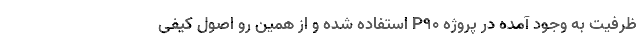
ظرفیت به وجود آمده در پروژه P90 استفاده شده و از همین رو اصول کیفی